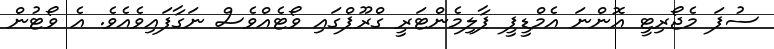
ސުޕަ މެޖޯރިޓީ އޮންނަ އެމްޑީޕީ ޕާލިމެންޓަރީ ގްރޫޕްގައި ވޯޓެއްވެސް ނަގާފައިވެއެވެ. އެ ވޯޓުން